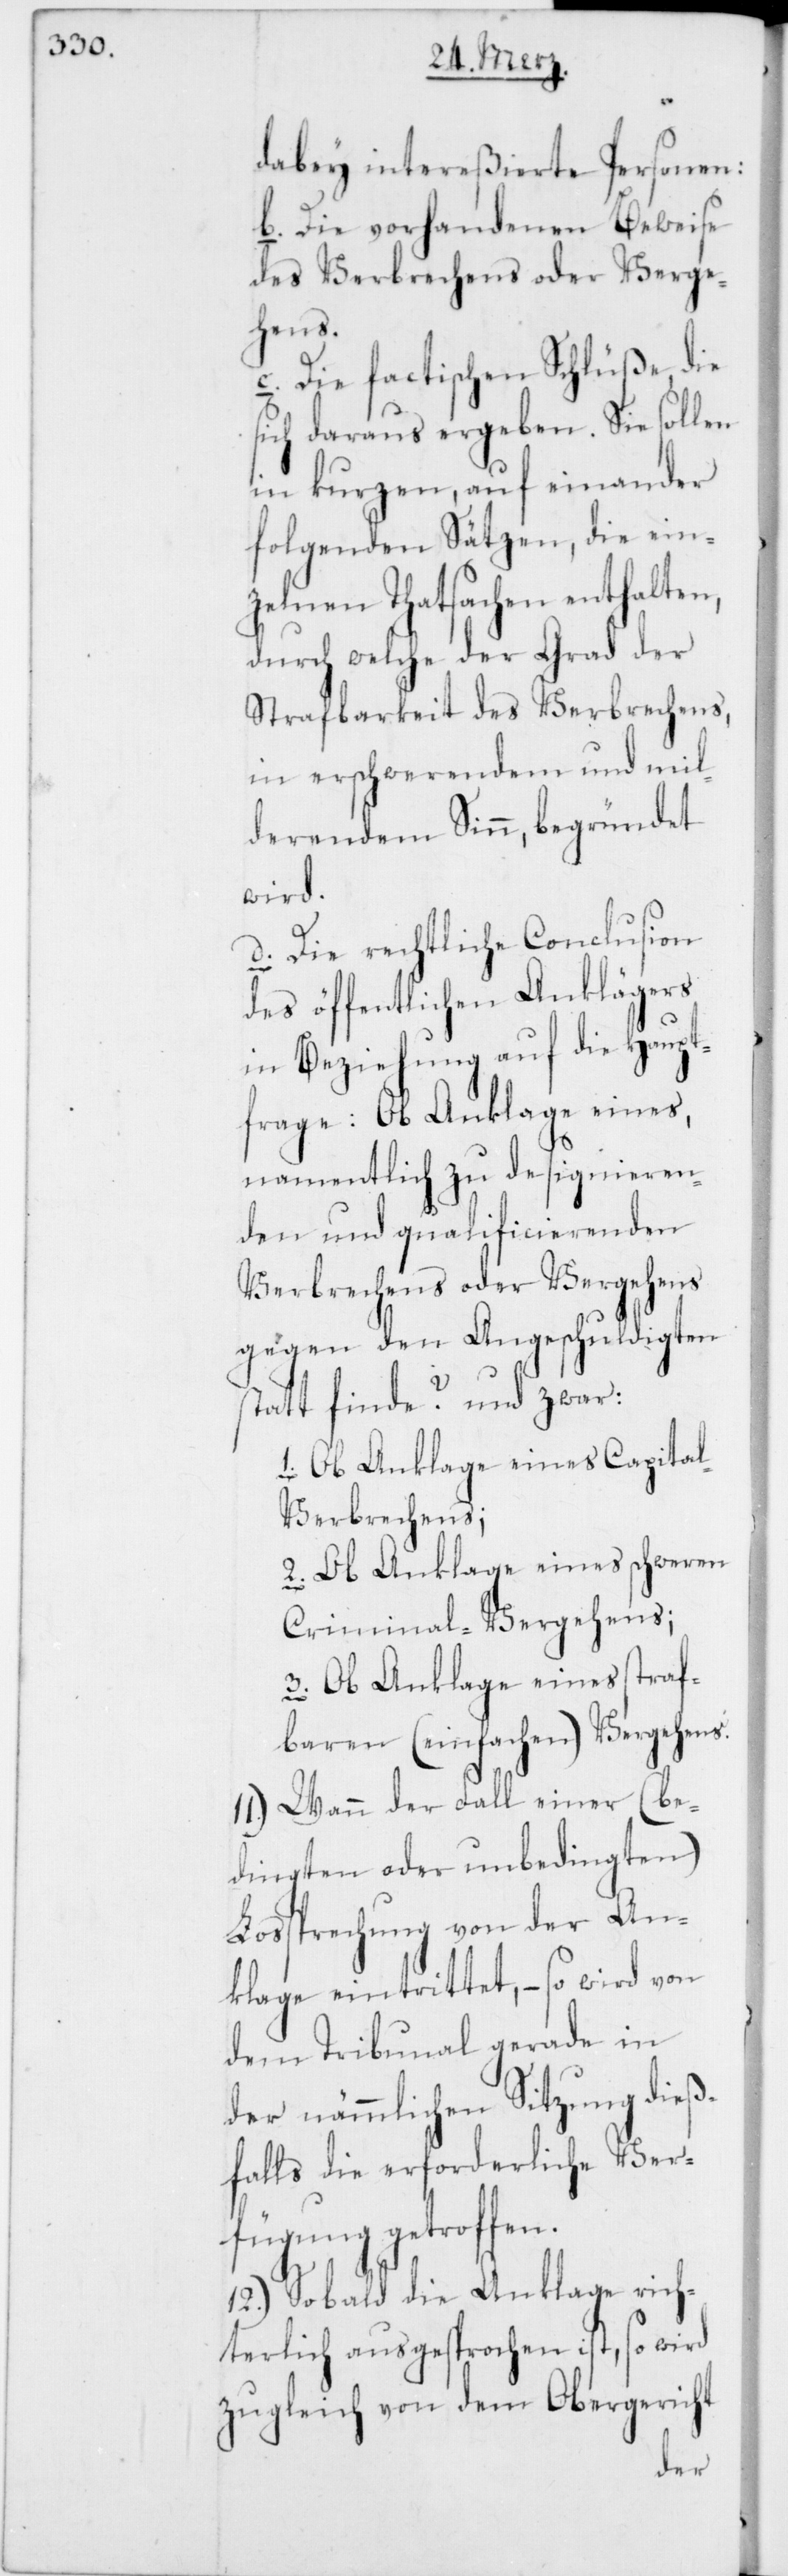
dabey intereßierten Personen:
b. Die vorhandenen Beweise
des Verbrechens oder Verge¬
hens.
c. Die factischen Schlüße, die
sich daraus ergeben. Sie sollen
in kurzen, auf einander
folgenden Sätzen, die ein¬
zelnen Thatsachen enthalten,
durch welche der Grad der
Strafbarkeit des Verbrechens,
in erschwerendem und mil¬
derendem Sinn, begründet
wird.
d. Die rechtliche Conclusion
des öffentlichen Anklägers
in Beziehung auf die Haupt¬
frage: Ob Anklage eines,
namentlich zu designieren¬
den und qualificierenden
Verbrechens oder Vergehens
gegen den Angeschuldigten
statt finde? und zwar:
1. Ob Anklage eines Capital¬
verbrechens;
2. Ob Anklage eines schweren
Criminal-Vergehens;
3. Ob Anklage eines straf¬
baren (einfachen) Vergehens.
11.) Wann der Fall einer (be¬
dingten oder unbedingten)
Loßprechnung von der An¬
klage eintrittet, – so wird von
dem Tribunal gerade in
der nämmlichen Sitzung dieß¬
falls die erforderliche Ver¬
fügung getroffen.
12.) Sobald die Anklage rich¬
terlich ausgesprochen ist, so wird
zugleich von dem Obergericht